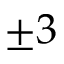
\pm 3